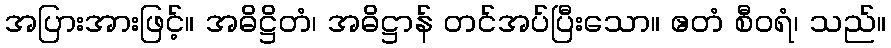
အပြားအားဖြင့်။ အဓိဋ္ဌိတံ၊ အဓိဋ္ဌာန် တင်အပ်ပြီးသော။ ဧတံ စီဝရံ၊ သည်။